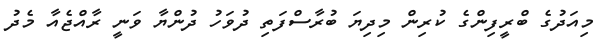
މިއަދުގެ ބްރީފިންގެ ކުރިން މިދިޔަ ބުރާސްފަތި ދުވަހު ދުންޔާ ވަނީ ރާއްޖެއާ މެދު